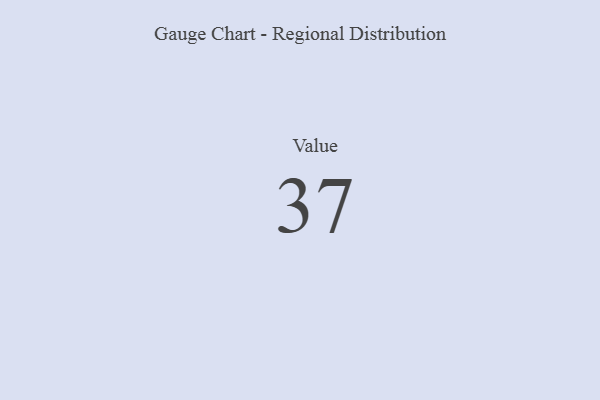
{"axis": {"x": "Metric", "y": "Value"}, "legend": [""], "data": [{"x": "Value", "y": 37, "type": ""}]}